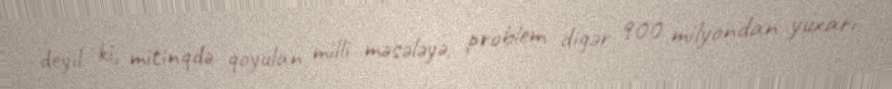
deyil ki, mitinqdə qoyulan milli məsələyə, problem digər 900 milyondan yuxarı